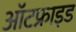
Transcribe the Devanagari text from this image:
ऑटफ्राइड